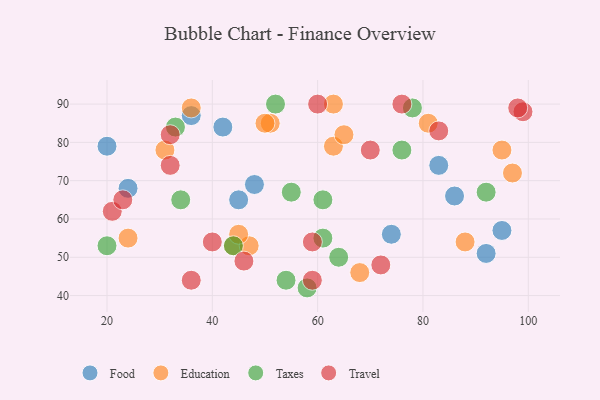
{"axis": {"x": "GDP", "y": "Life Expectancy"}, "legend": ["Education", "Food", "Taxes", "Travel"], "data": [{"x": "20", "y": 79, "type": "Food"}, {"x": "83", "y": 74, "type": "Food"}, {"x": "36", "y": 87, "type": "Food"}, {"x": "42", "y": 84, "type": "Food"}, {"x": "95", "y": 57, "type": "Food"}, {"x": "45", "y": 65, "type": "Food"}, {"x": "24", "y": 68, "type": "Food"}, {"x": "74", "y": 56, "type": "Food"}, {"x": "92", "y": 51, "type": "Food"}, {"x": "86", "y": 66, "type": "Food"}, {"x": "48", "y": 69, "type": "Food"}, {"x": "44", "y": 53, "type": "Education"}, {"x": "63", "y": 79, "type": "Education"}, {"x": "81", "y": 85, "type": "Education"}, {"x": "51", "y": 85, "type": "Education"}, {"x": "65", "y": 82, "type": "Education"}, {"x": "47", "y": 53, "type": "Education"}, {"x": "68", "y": 46, "type": "Education"}, {"x": "95", "y": 78, "type": "Education"}, {"x": "24", "y": 55, "type": "Education"}, {"x": "31", "y": 78, "type": "Education"}, {"x": "97", "y": 72, "type": "Education"}, {"x": "45", "y": 56, "type": "Education"}, {"x": "50", "y": 85, "type": "Education"}, {"x": "88", "y": 54, "type": "Education"}, {"x": "63", "y": 90, "type": "Education"}, {"x": "36", "y": 89, "type": "Education"}, {"x": "33", "y": 84, "type": "Taxes"}, {"x": "61", "y": 55, "type": "Taxes"}, {"x": "20", "y": 53, "type": "Taxes"}, {"x": "55", "y": 67, "type": "Taxes"}, {"x": "78", "y": 89, "type": "Taxes"}, {"x": "64", "y": 50, "type": "Taxes"}, {"x": "54", "y": 44, "type": "Taxes"}, {"x": "34", "y": 65, "type": "Taxes"}, {"x": "58", "y": 42, "type": "Taxes"}, {"x": "92", "y": 67, "type": "Taxes"}, {"x": "61", "y": 65, "type": "Taxes"}, {"x": "76", "y": 78, "type": "Taxes"}, {"x": "52", "y": 90, "type": "Taxes"}, {"x": "44", "y": 53, "type": "Taxes"}, {"x": "60", "y": 90, "type": "Travel"}, {"x": "72", "y": 48, "type": "Travel"}, {"x": "76", "y": 90, "type": "Travel"}, {"x": "46", "y": 49, "type": "Travel"}, {"x": "83", "y": 83, "type": "Travel"}, {"x": "36", "y": 44, "type": "Travel"}, {"x": "21", "y": 62, "type": "Travel"}, {"x": "70", "y": 78, "type": "Travel"}, {"x": "99", "y": 88, "type": "Travel"}, {"x": "98", "y": 89, "type": "Travel"}, {"x": "32", "y": 74, "type": "Travel"}, {"x": "59", "y": 44, "type": "Travel"}, {"x": "40", "y": 54, "type": "Travel"}, {"x": "59", "y": 54, "type": "Travel"}, {"x": "32", "y": 82, "type": "Travel"}, {"x": "23", "y": 65, "type": "Travel"}]}